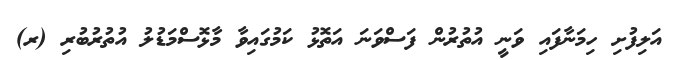
އަލިފުށި ހިމަނާފައި ވަނީ އުތުރުން ފަސްވަނަ އަތޮޅު ކަމުގައިވާ މާޅޮސްމަޑުލު އުތުރުބުރި (ރ)